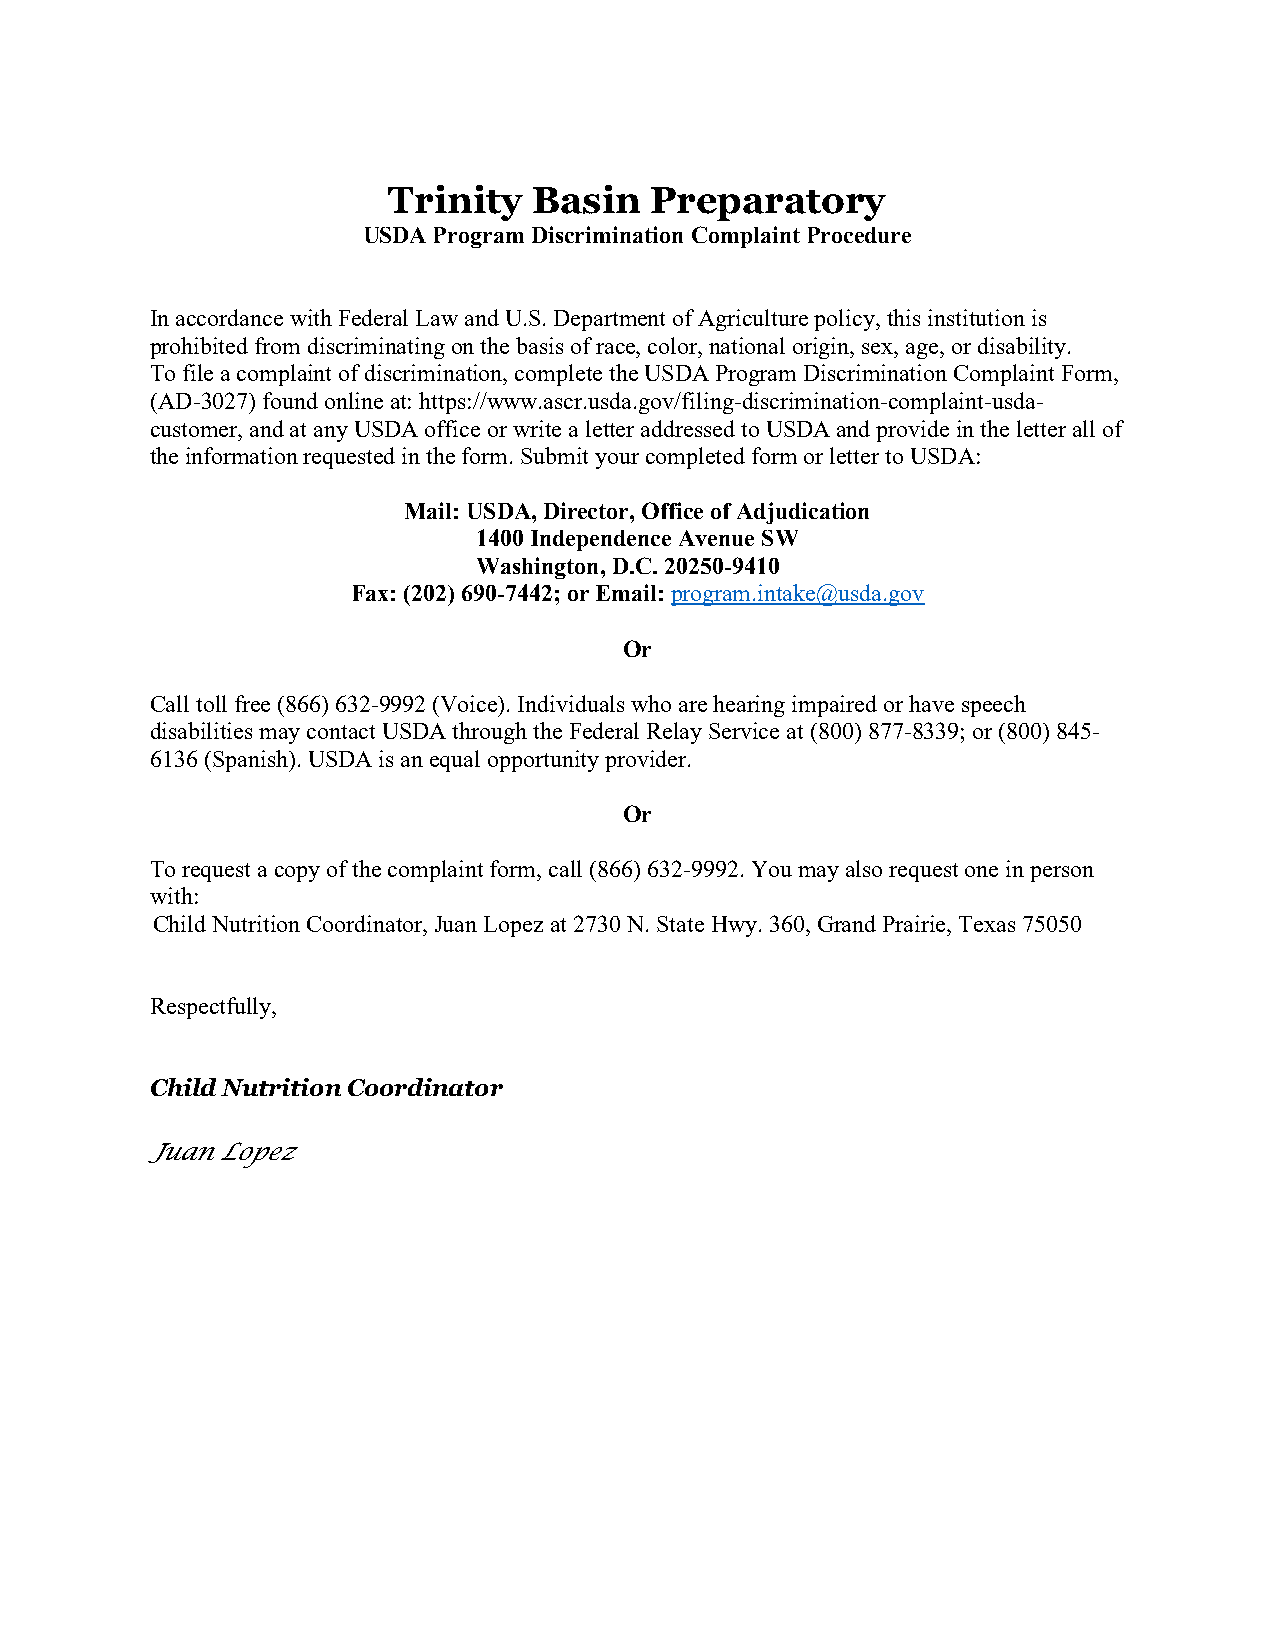
Trinity  Basin   Preparatory
 USDA Program Discrimination Complaint Procedure
 In accordance with Federal Law and U.S. Department of Agriculture policy, this institution is
 prohibited from discriminating on the basis of race, color, national origin, sex, age, or disability.
 To file a complaint of discrimination, complete the USDA Program Discrimination Complaint Form,
 (AD-3027) found online at: https://www.ascr.usda.gov/filing-discrimination-complaint-usda-
 customer, and at any USDA office or write a letter addressed to USDA and provide in the letter all of
 the information requested in the form. Submit your completed form or letter to USDA:
 Mail: USDA, Director, Office of Adjudication
 1400 Independence Avenue SW
 Washington, D.C. 20250-9410
 Fax: (202) 690-7442; or Email: program.intake@usda.gov
 Or
 Call toll free (866) 632-9992 (Voice). Individuals who are hearing impaired or have speech
 disabilities may contact USDA through the Federal Relay Service at (800) 877-8339; or (800) 845-
 6136 (Spanish). USDA is an equal opportunity provider.
 Or
 To request a copy of the complaint form, call (866) 632-9992. You may also request one in person
 with:
 Child Nutrition Coordinator, Juan Lopez at 2730 N. State Hwy. 360, Grand Prairie, Texas 75050
 Respectfully,
 Child Nutrition Coordinator
 Juan Lopez